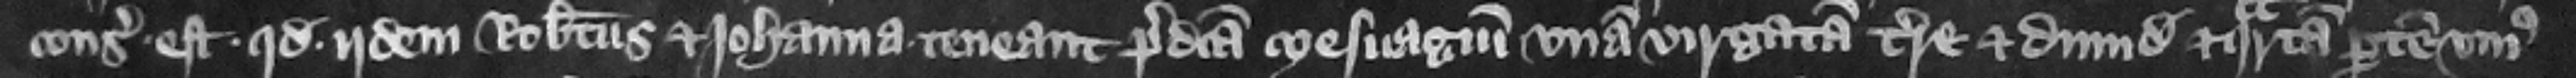
consideratum est quod idem Robertus et Iohanna teneant predicta mesuagium vnam virgatam terre et dimidiam et quartam partem vnius